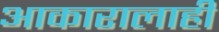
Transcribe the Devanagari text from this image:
आकारालाही